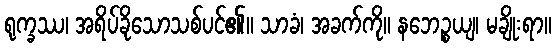
ရုက္ခဿ၊ အရိပ်ခိုသောသစ်ပင်၏။ သာခံ၊ အခက်ကို။ နဘေဉ္စယျ၊ မချိုးရာ။